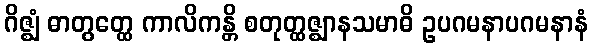
ဂိဇ္ဈံ ဓာတွတ္ထေ ကာလိကန္တိ စတုတ္ထဇ္ဈာနသမာဓိ ဥပဂမနာပဂမနာနံ